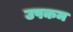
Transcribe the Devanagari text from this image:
उपकम